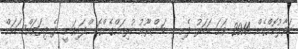
ހަވާލުކޮށްގެން 2014 ވަނަ އަހަރު ފެށި މި މަޝްރޫޢު ކުރިއަށްގެންގޮސްފައިވަނީ ދެ ފިޔަވައްސަކަށް